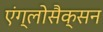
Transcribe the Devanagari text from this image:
एंग्लोसैक्सन